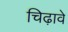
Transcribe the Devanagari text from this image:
चिढ़ावे